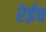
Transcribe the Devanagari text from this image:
रेईच